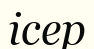
ісер